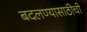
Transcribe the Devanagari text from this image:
बदलण्यासाठीची